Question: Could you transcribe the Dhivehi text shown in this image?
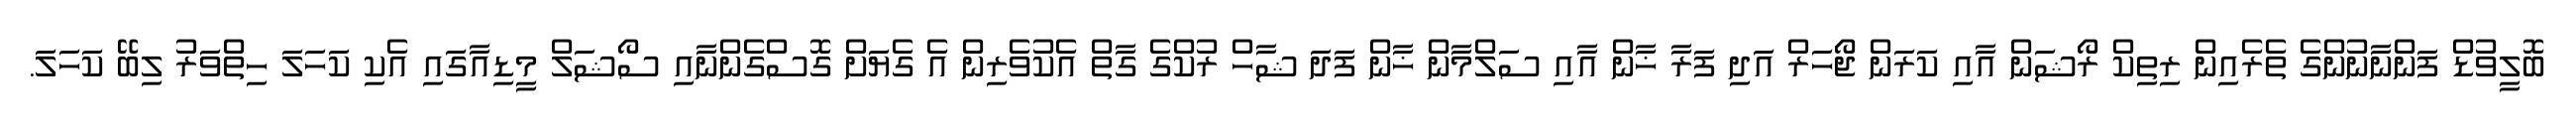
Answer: ބޮލީވުޑް ފަންނާނުންގެ ތެރެއިން ރިތިކް ރޯޝަން އާއި ކަރަން ޖޯހަރް އަދި ފަރާ ޚާން އާއި ސަލްމާން ޚާން ފަދަ ޝާހް ރުކްގެ ގާތް އެކުވެރިން އެ ގެޔަށް ގޮސްގެންނާއި ސޯޝަލް މީޑިއާގައި އެކި ކަހަލަ ހިތްވަރު ލިބޭ ކަހަލަ.